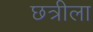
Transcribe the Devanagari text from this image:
छत्रीला